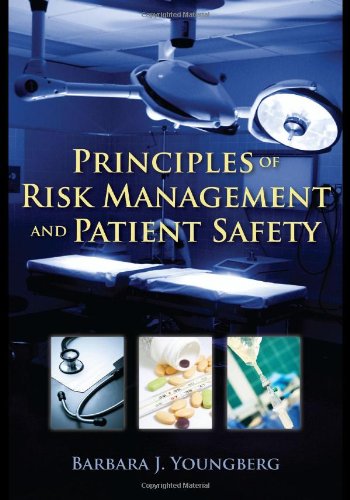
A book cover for Principles Of Risk Management And Patient Safety; Barbara J. Youngberg; Medical Books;